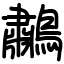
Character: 鷫